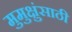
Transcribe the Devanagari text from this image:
मुमुक्षुंसाठी